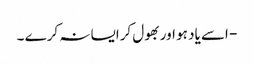
- اسے یاد ہو اوربھول کرایسا نہ کرے ۔